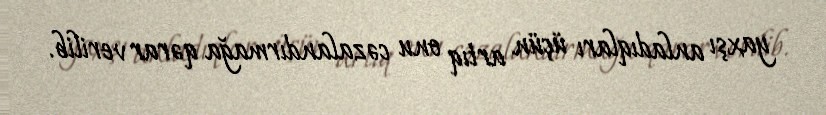
yaxşı anladıqları üçün artıq onu cəzalandırmağa qərar verilib.